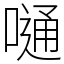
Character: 嗵